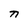
Character: n